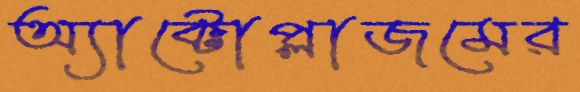
অ্যাক্টোপ্লাজমের